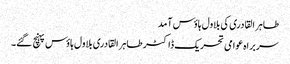
طاہر القادری کی بلاول ہاؤس آمد
سربراہ عوامی تحریک ڈاکٹر طاہر القادری بلاول ہاؤس پہنچ گئے۔